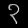
Digit: ၃